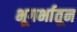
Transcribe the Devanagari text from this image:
भूगर्भातून